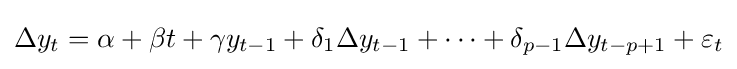
\Delta y_{t}=\alpha +\beta t+\gamma y_{t-1}+\delta _{1}\Delta y_{t-1}+\cdots +\delta _{p-1}\Delta y_{t-p+1}+\varepsilon _{t}